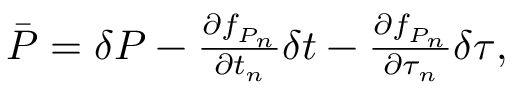
\begin{array} { r } { \bar { P } = \delta P - \frac { \partial f _ { P _ { n } } } { \partial t _ { n } } \delta t - \frac { \partial f _ { P _ { n } } } { \partial \tau _ { n } } \delta \tau , } \end{array}